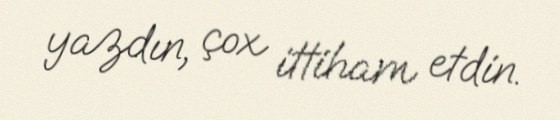
yazdın, çox ittiham etdin.